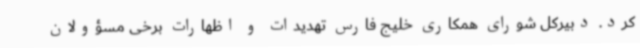
کرد. دبیرکل شورای همکاری خلیج فارس تهدیدات و اظهارات برخی مسؤولان